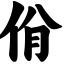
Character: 佾